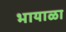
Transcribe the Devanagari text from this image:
भायाळा